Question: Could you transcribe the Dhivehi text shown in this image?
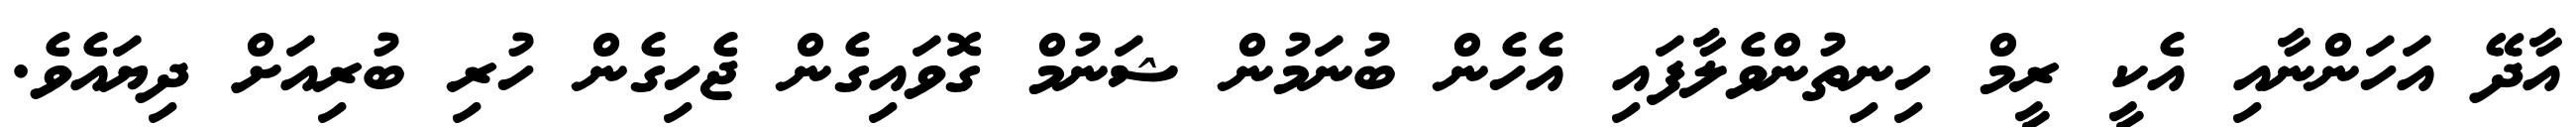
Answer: އާދޭ އަހަންނާއި އެކީ ރީމް ހިނިތުންވެލާފައި އެހެން ބުނަމުން ޝަނުމް ގޮވައިގެން ޖެހިގެން ހުރި ބުރިއަށް ދިޔައެވެ.